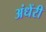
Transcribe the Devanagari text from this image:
अंधेंरी